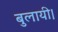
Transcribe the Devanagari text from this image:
बुलायी।